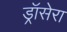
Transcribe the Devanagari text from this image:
ड्रॉसेरा